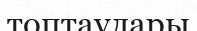
топтаулары